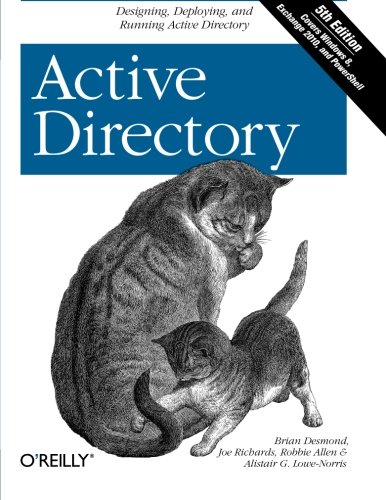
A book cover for Active Directory: Designing, Deploying, and Running Active Directory; Brian Desmond; Computers & Technology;